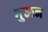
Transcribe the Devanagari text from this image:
गुच्छन